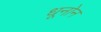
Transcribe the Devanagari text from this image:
धूनोन